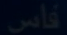
فاس